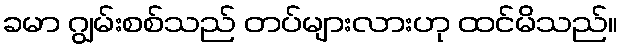
ခမာ ဂျွမ်းစစ်သည် တပ်များလားဟု ထင်မိသည်။